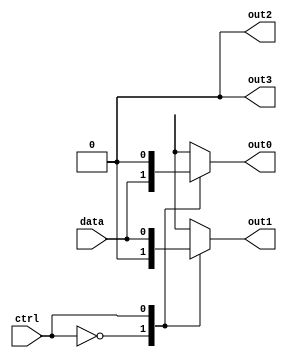
module demux (
    input wire data,
    input wire ctrl,
    output reg out0,
    output reg out1,
    output reg out2,
    output reg out3
);

always @(*) begin
    case(ctrl)
        2'b00: begin
            out0 = data;
            out1 = 1'b0;
            out2 = 1'b0;
            out3 = 1'b0;
        end
        2'b01: begin
            out0 = 1'b0;
            out1 = data;
            out2 = 1'b0;
            out3 = 1'b0;
        end
        2'b10: begin
            out0 = 1'b0;
            out1 = 1'b0;
            out2 = data;
            out3 = 1'b0;
        end
        2'b11: begin
            out0 = 1'b0;
            out1 = 1'b0;
            out2 = 1'b0;
            out3 = data;
        end
    endcase
end

endmodule